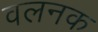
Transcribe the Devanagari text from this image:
वलनक